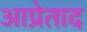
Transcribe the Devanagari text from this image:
आप्रेताद